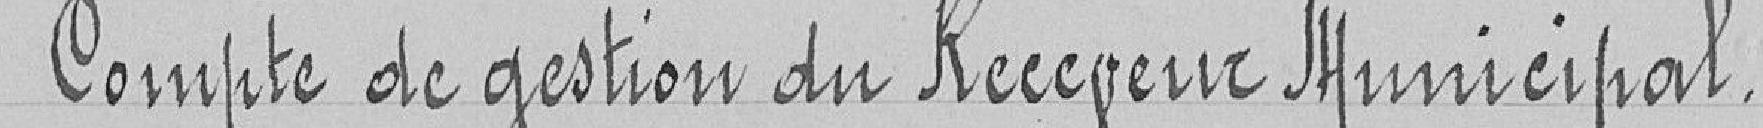
Compte de gestion du Receveur Municipal.